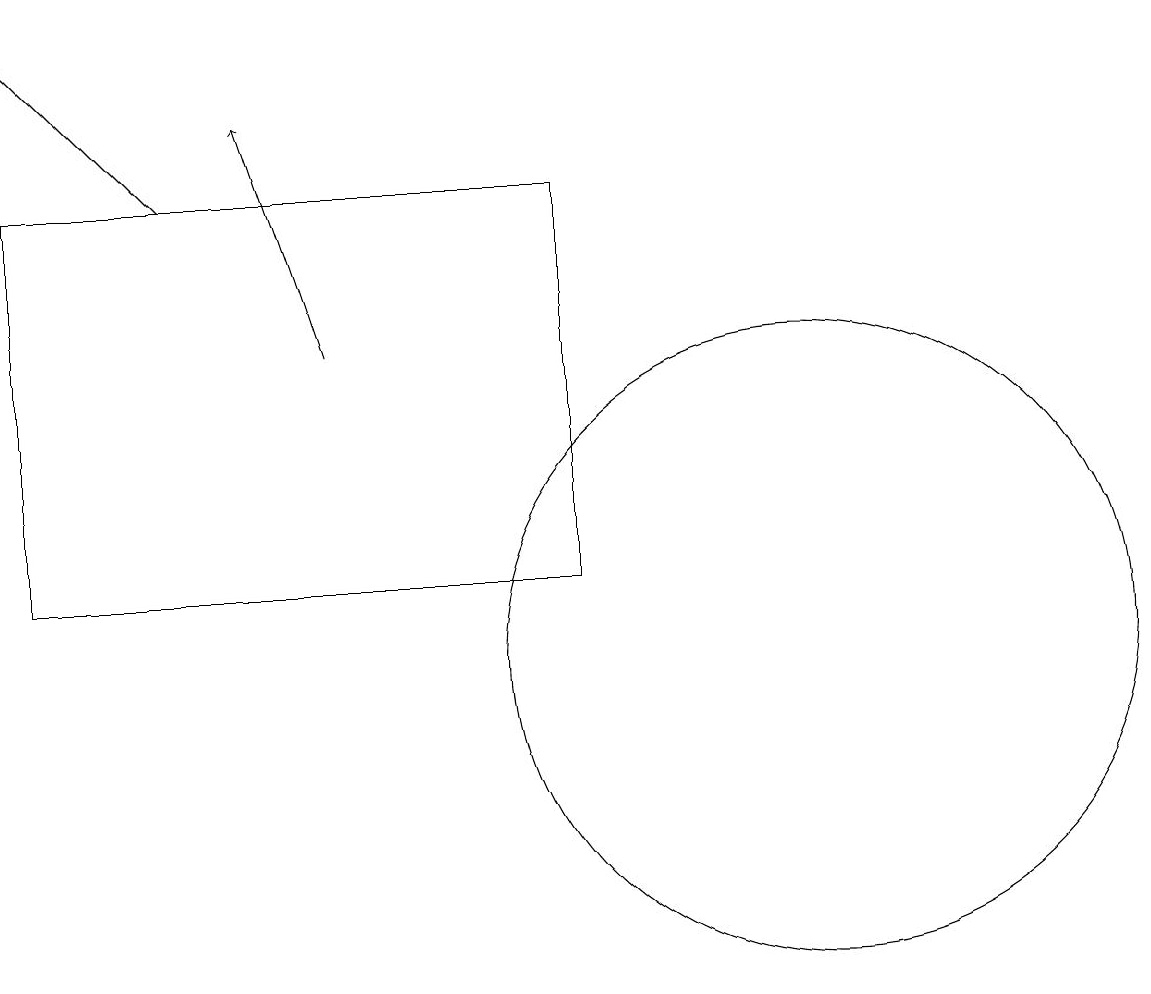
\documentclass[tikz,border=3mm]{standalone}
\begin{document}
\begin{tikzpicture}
\draw[->] (6,14) -- (5,17);
\draw (12,10) circle (4);
\draw[->] (4,16) -- (2,18);
\draw (2,11) rectangle (9,16);
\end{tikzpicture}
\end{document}